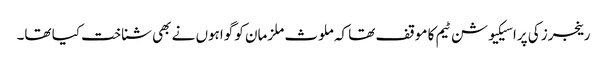
رینجرز کی پراسیکیوشن ٹیم کا موقف تھا کہ ملوث ملزمان کو گواہوں نے بھی شناخت کیا تھا۔